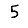
Digit: 5